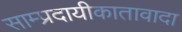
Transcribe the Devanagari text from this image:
साम्प्रदायीकातावादा